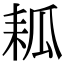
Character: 㼍